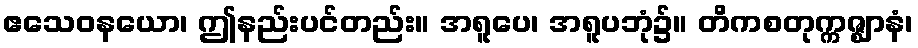
ဧသေဝနယော၊ ဤနည်းပင်တည်း။ အရူပေ၊ အရူပဘုံ၌။ တိကစတုက္ကဇ္ဈာနံ၊